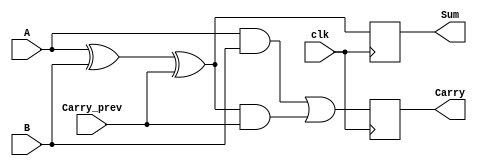
module SequentialHalfAdder (
    input wire clk,          // Clock input
    input wire A,           // First single-bit input
    input wire B,           // Second single-bit input
    input wire Carry_prev,   // Previous carry input
    output reg Sum,         // Output sum
    output reg Carry        // Output carry
);

// Intermediate signals for sum and carry calculations
wire Sum_temp;
wire Carry_temp;

// Sum calculation: Sum = A XOR B XOR Carry_prev
assign Sum_temp = A ^ B ^ Carry_prev;

// Carry calculation: Carry = (A AND B) OR ((A XOR B) AND Carry_prev)
assign Carry_temp = (A & B) | (Sum_temp & Carry_prev);

// Sequential logic: Update outputs on clock edge
always @(posedge clk) begin
    Sum <= Sum_temp;         // Update sum output
    Carry <= Carry_temp;     // Update carry output
end

endmodule